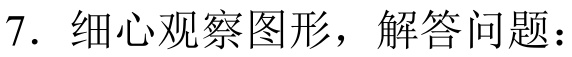
7. 细心观察图形，解答问题：